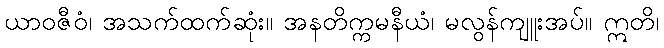
ယာဝဇီဝံ၊ အသက်ထက်ဆုံး။ အနတိက္ကမနီယံ၊ မလွန်ကျူးအပ်။ ဣတိ၊